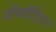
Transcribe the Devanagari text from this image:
बॉम्बॉर्डियर